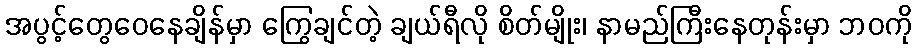
အပွင့်တွေဝေနေချိန်မှာ ကြွေချင်တဲ့ ချယ်ရီလို စိတ်မျိုး၊ နာမည်ကြီးနေတုန်းမှာ ဘဝကို